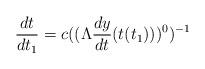
LaTeX: \begin{align*}\frac{dt}{dt_{1}} = c ((\Lambda \frac{dy}{dt} (t(t_{1})))^{0})^{- 1}\end{align*}